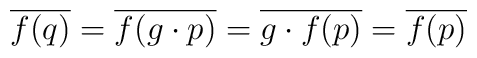
\overline{f(q)}=\overline{f(g\cdot p)}=\overline{g\cdot f(p)}=\overline{f(p)}